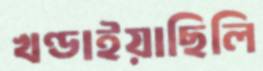
খণ্ডাইয়াছিলি